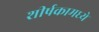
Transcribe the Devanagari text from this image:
शीर्षकामध्ये